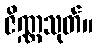
ဇိဏ္ဏသုတ်။